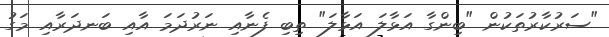
"ސަރުކާރުތަކުން "ބިންގާ އަޅާލަ އަޅާލަ" ތިބި ފެނާއި ނަރުދަމަ އާއި ބަނދަރާއި މަގު